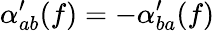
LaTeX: \alpha_{ab}^{\prime}(f)=-\alpha_{ba}^{\prime}(f)